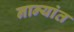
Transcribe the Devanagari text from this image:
नान्यांत